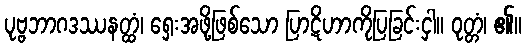
ပုဗ္ဗဘာဂဒဿနတ္ထံ၊ ရှေးအဖို့ဖြစ်သော ပြာဋိဟာကိုပြခြင်းငှါ။ ဝုတ္တံ၊ ၏။